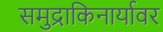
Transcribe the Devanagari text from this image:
समुद्राकिनार्यावर